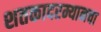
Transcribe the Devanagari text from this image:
शतकादरम्यानचा